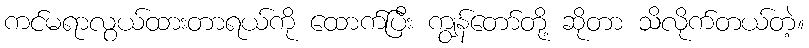
ကင်မရာလွယ်ထားတာရယ်ကို ထောက်ပြီး ကျွန်တော်တို့ ဆိုတာ သိလိုက်တယ်တဲ့။